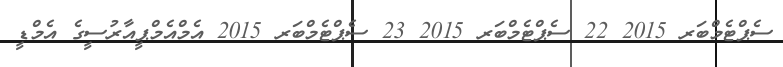
ސެޕްޓެމްބަރ 2015 22 ސެޕްޓެމްބަރ 2015 23 ސެޕްޓެމްބަރ 2015 އެމްއެމްޕީއާރުސީގެ އެމްޑީ